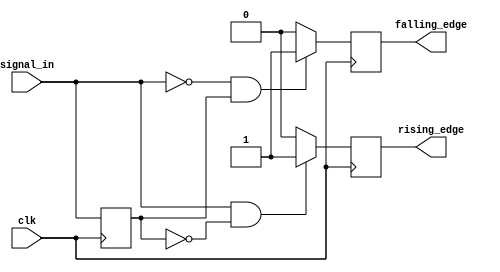
module edge_detector (
    input wire clk,                // Clock signal
    input wire signal_in,          // Input signal to monitor for edges
    output reg rising_edge,        // Output signal for rising edge detection
    output reg falling_edge        // Output signal for falling edge detection
);

    // Memory block to store the previous state of the input signal
    reg prev_state;

    // Initial block to set the previous state to a known value (0)
    initial begin
        prev_state = 1'b0;         // Initialize previous state to 0
        rising_edge = 1'b0;        // Initialize rising edge output to 0
        falling_edge = 1'b0;       // Initialize falling edge output to 0
    end

    // Edge detection logic
    always @(posedge clk) begin
        // Detect rising edge
        if (signal_in == 1'b1 && prev_state == 1'b0) begin
            rising_edge <= 1'b1;     // Set rising edge signal high
        end else begin
            rising_edge <= 1'b0;     // Reset rising edge signal
        end

        // Detect falling edge
        if (signal_in == 1'b0 && prev_state == 1'b1) begin
            falling_edge <= 1'b1;     // Set falling edge signal high
        end else begin
            falling_edge <= 1'b0;     // Reset falling edge signal
        end

        // Update previous state
        prev_state <= signal_in;      // Store current state for next clock cycle
    end

endmodule